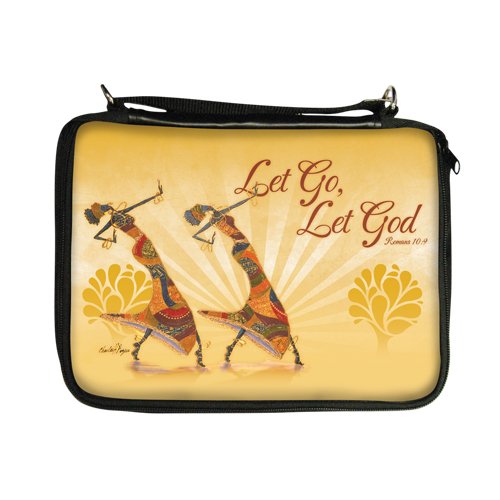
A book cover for Let Go Let God Bible Cover; Christian Books & Bibles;